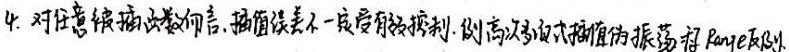
4. 对任意插值函数而言，插值误差不一定受有效控制。例如高次多项式插值的振荡 ，如 Runge 现象。